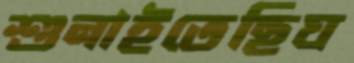
শুনাইতেছিঘ